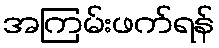
အကြမ်းဖက်ရန်